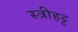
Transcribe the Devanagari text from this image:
स्त्रीहट्ट